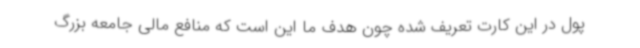
پول در این کارت تعریف شده چون هدف ما این است که منافع مالی جامعه بزرگ